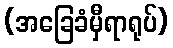
(အခြေခံမှီရာရုပ်)